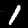
Digit: 1